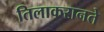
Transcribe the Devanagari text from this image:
तिलाकरानते